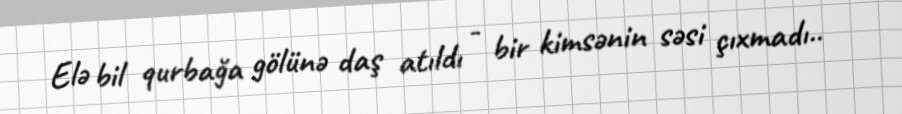
Elə bil qurbağa gölünə daş atıldı - bir kimsənin səsi çıxmadı..